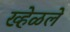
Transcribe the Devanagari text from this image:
ख्हेळले